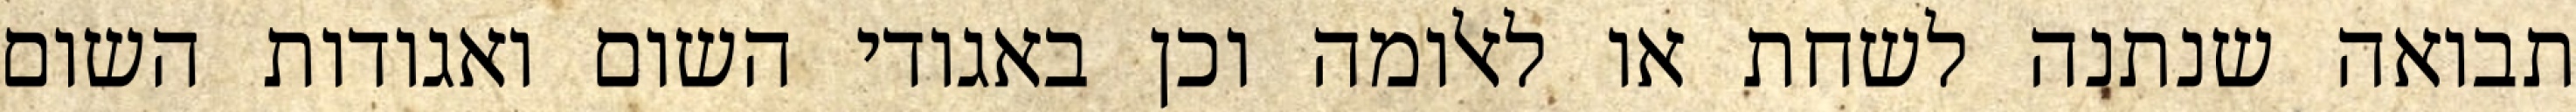
תבואה שנתנה לשחת או לאלומה וכן באגודי השום ואגודות השום